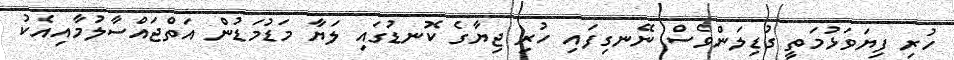
ހުރި ފިޔަވަޅުމަތީ ގުޑިލަންވެސް ނޭނގިފައި ހުރި ޖިޔާގެ ކޮނޑުގައި ލަޔާ މަޑުމަޑުން އަތްޖައްސާލުމާއިއެކު